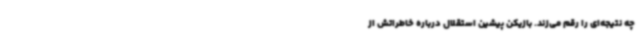
چه نتیجه‌ای را رقم می‌زند. بازیکن پیشین استقلال درباره خاطراتش از